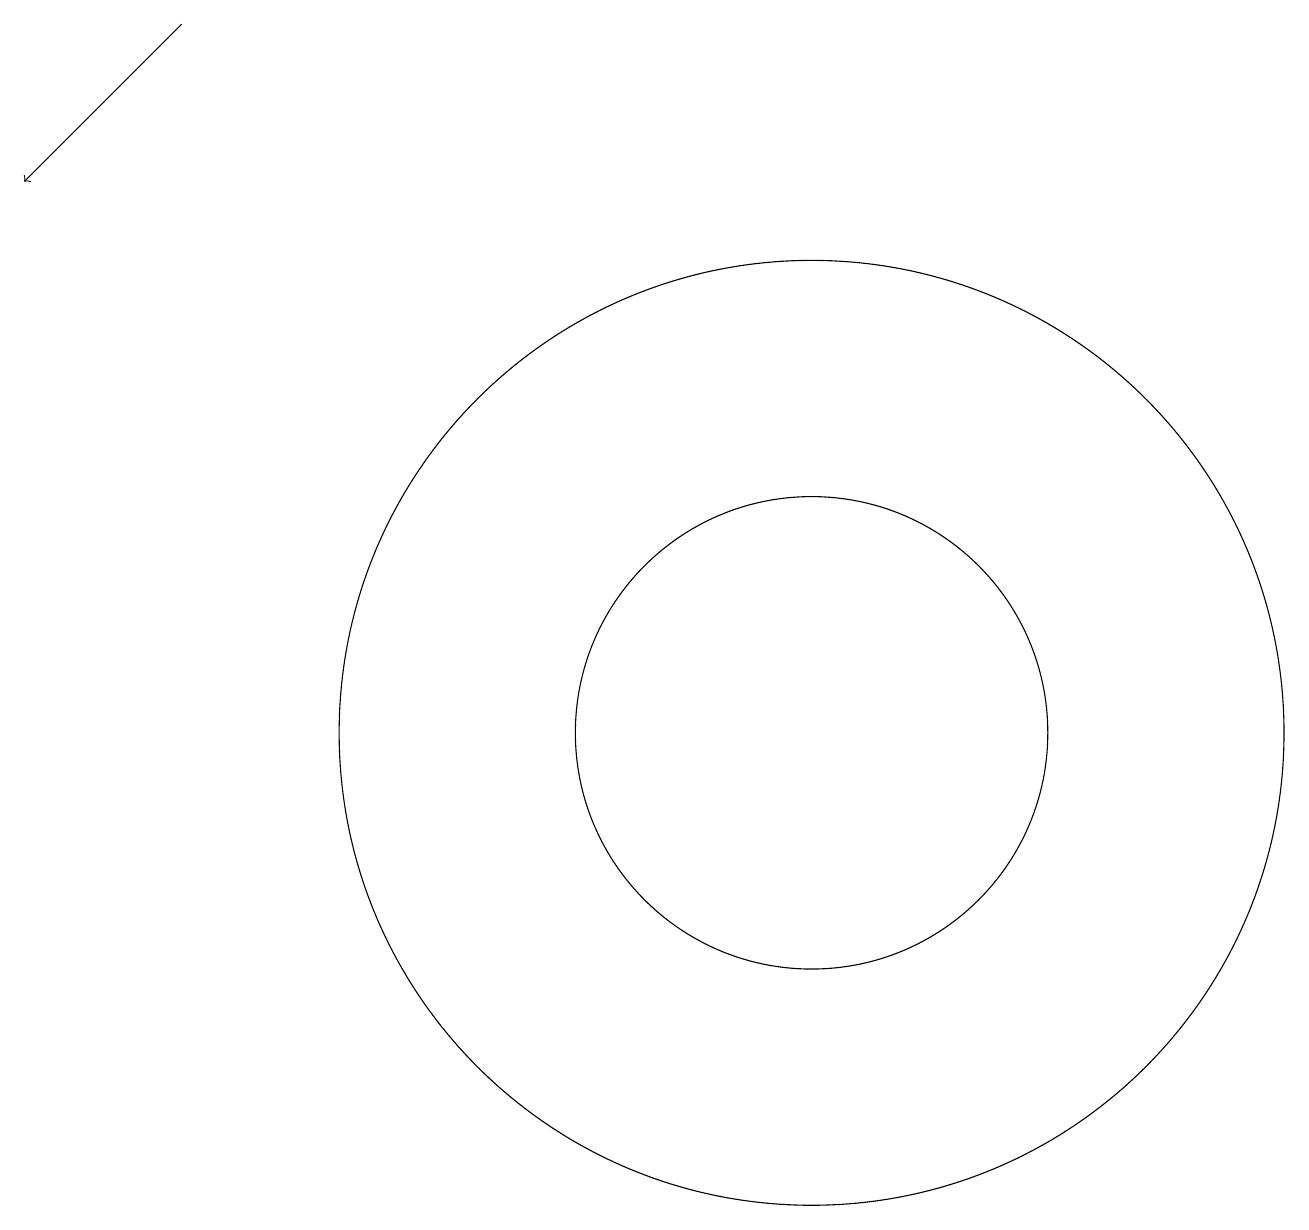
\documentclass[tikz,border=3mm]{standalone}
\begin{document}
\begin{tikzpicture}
\draw[->] (3,19) -- (1,17);
\draw (11,10) circle (3);
\draw (11,10) circle (6);
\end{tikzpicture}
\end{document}